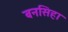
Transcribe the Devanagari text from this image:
बनसिहा